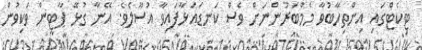
ޓިކެޓްގައި އިންތިހާބުވާ މެމްބަރުންނަށް ވެސް ކަނޑައަޅާފައިވާ އުސޫލެވެ. އޭނާ ގުޅޭ ޕާޓީން ވަކިވުން